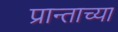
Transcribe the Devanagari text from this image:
प्रान्ताच्या